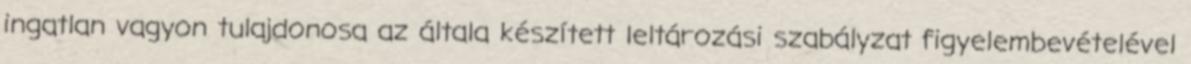
ingatlan vagyon tulajdonosa az általa készített leltározási szabályzat figyelembevételével